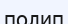
полип